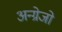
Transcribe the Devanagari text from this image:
अन्ग्रेजो